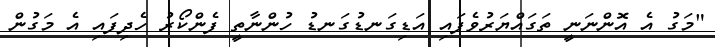
"މަގު އެ އޮންނަނީ ތަގައްޔަރުވެފައި އަޑިގަނޑުގަނޑު ހުންނާތީ ފެންކޯރު ހެދިފައި އެ މަގުން